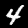
Digit: 4